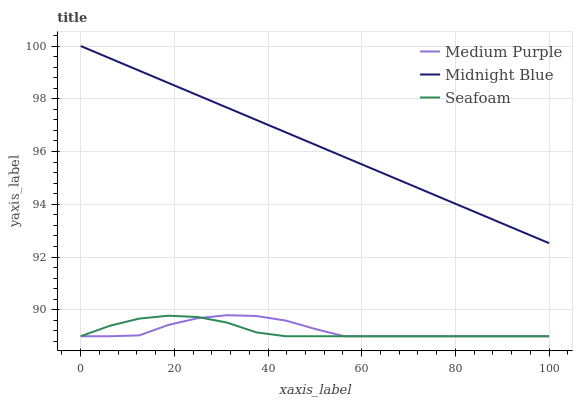
| xaxis_label | Medium Purple | Midnight Blue | Seafoam |
 | --- | --- | --- | --- |
 | 0 | 89 | 100 | 89 |
 | 6.25 | 89 | 99.5 | 89.4 |
 | 12.5 | 89 | 99.1 | 89.7 |
 | 18.8 | 89.4 | 98.6 | 89.8 |
 | 25 | 89.7 | 98.1 | 89.7 |
 | 31.2 | 89.8 | 97.7 | 89.5 |
 | 37.5 | 89.8 | 97.2 | 89.1 |
 | 43.8 | 89.6 | 96.7 | 89 |
 | 50 | 89.3 | 96.3 | 89 |
 | 56.2 | 89 | 95.8 | 89 |
 | 62.5 | 89 | 95.3 | 89 |
 | 68.8 | 89 | 94.9 | 89 |
 | 75 | 89 | 94.4 | 89 |
 | 81.2 | 89 | 93.9 | 89 |
 | 87.5 | 89 | 93.5 | 89 |
 | 93.8 | 89 | 93 | 89 |
 | 100 | 89 | 92.5 | 89 |